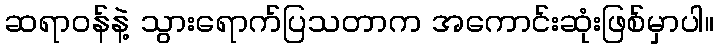
ဆရာဝန်နဲ့ သွားရောက်ပြသတာက အကောင်းဆုံးဖြစ်မှာပါ။